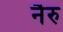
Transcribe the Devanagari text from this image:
नैरु